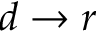
d \to r